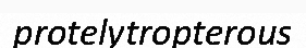
protelytropterous